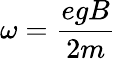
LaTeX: \omega={\frac{egB}{2m}}